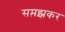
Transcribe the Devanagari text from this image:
सम़झकर